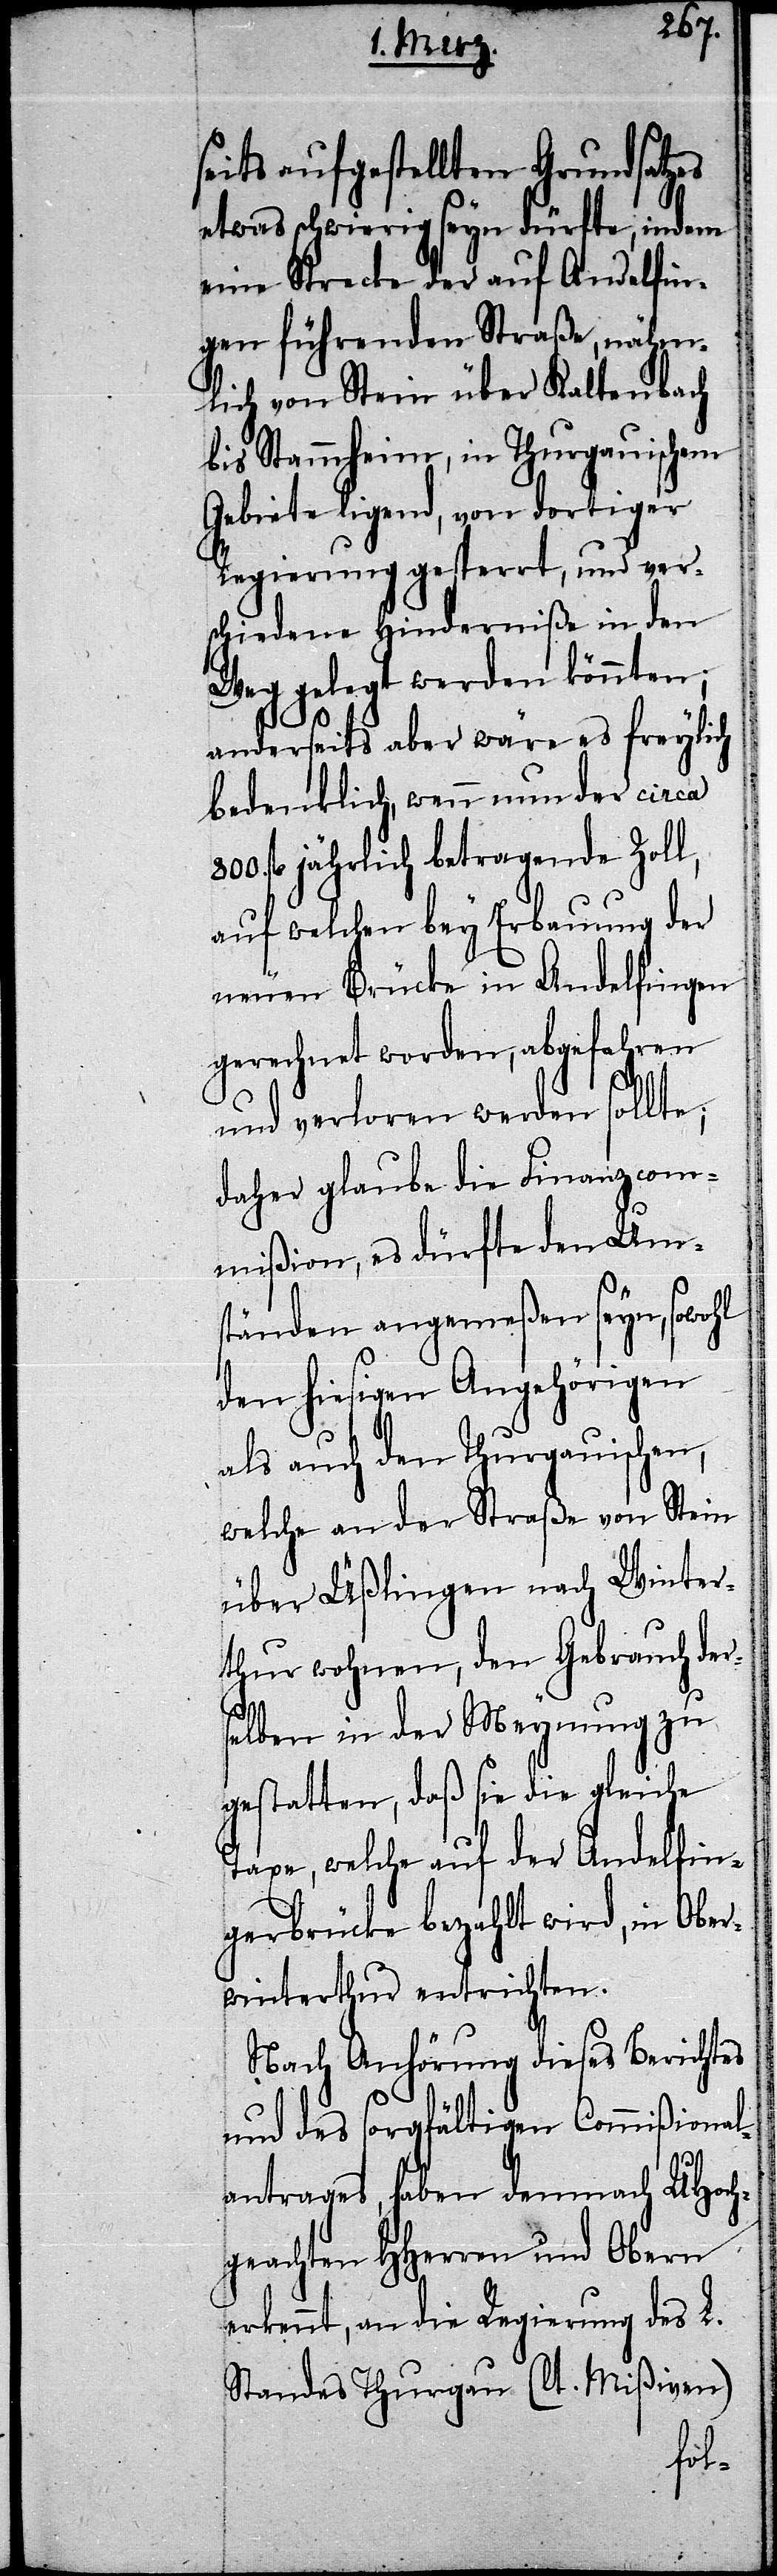
seits aufgestellten Grundsatzes
etwas schwierig seyn dürfte, indem
eine Strecke der auf Andelfin¬
gen führenden Straße, nähm¬
lich von Stein über Kaltenbach
bis Stammheim, in Thurgauischem
Gebiete ligend, von dortiger
Regierung gesperrt, und ver¬
schiedene Hinderniße in den
Weg gelegt werden könnten;
anderseits aber wäre es freylich
bedenklich, wenn nun der circa
fl. jährlich betragende Zoll,
auf welchen bey Erbauung der
neuen Brücke in Andelfingen
gerechnet worden, abgefahren
und verloren werden sollte;
daher glaube die Finanzcom¬
mißion, es dürfte den Ums¬
tänden angemeßen seyn, sowohl
den hiesigen Angehörigen
als auch den Thurgauischen,
welche an der Straße von Stein
über Üßlingen nach Winter¬
thur wohnen, den Gebrauch der¬
selben in der Meynung zu
gestatten, daß sie die gleiche
Taxe, welche auf der Andelfin¬
gerbrücke bezahlt wird, in Ober¬
winterthur entrichten.
Nach Anhörung dieses Berichtes
und des sorgfältigen Commißional¬
antrages, haben demnach UHoch¬
geachten HHerren und Obern
erkennt, an die Regierung des L.
Standes Thurgau (lt. Mißiven)